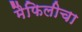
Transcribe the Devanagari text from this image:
मैफिलीचा